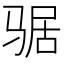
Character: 𲌉